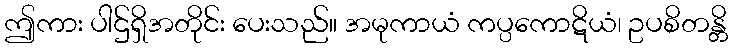
ဤကား ပါဌ်ရှိအတိုင်း ပေးသည်။ အမုကာယံ ကပ္ပကောဋိယံ၊ ဥပစိတန္တိ